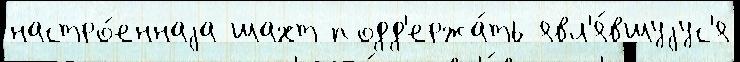
настро́еннаjа шахт подд'ержа́ть явл'я́вшуjус'я